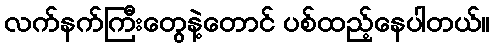
လက်နက်ကြီးတွေနဲ့တောင် ပစ်ထည့်နေပါတယ်။